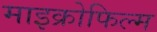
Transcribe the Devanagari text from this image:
माइक्रोफिल्‍म